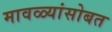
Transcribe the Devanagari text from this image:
मावळ्यांसोबत